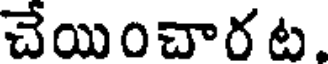
చేయించార ట.